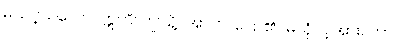
မသင့်သလော။ ဣတိ၊ ဤသို့။ အာဟ၊ ပြော၏။ မယှံ၊ ငါ့အား။ တာဝ၊